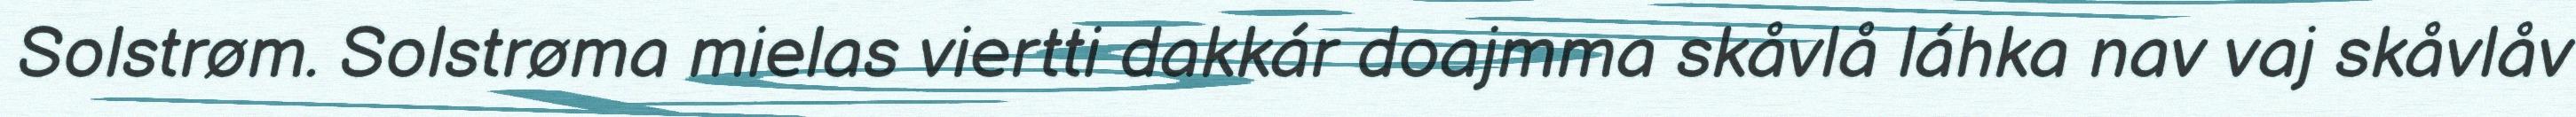
Solstrøm. Solstrøma mielas viertti dakkár doajmma skåvlå láhka nav vaj skåvlåv